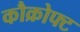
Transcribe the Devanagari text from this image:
कौक्रोफ्ट